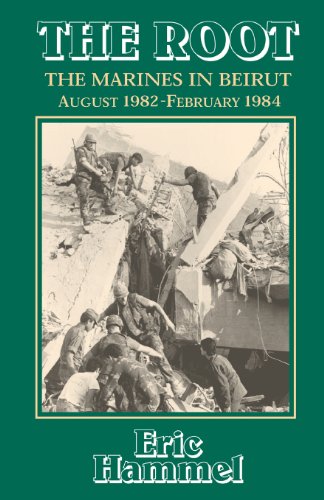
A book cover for The Root: The Marines in Beirut, August 1982-February 1984; Eric M. Hammel; History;